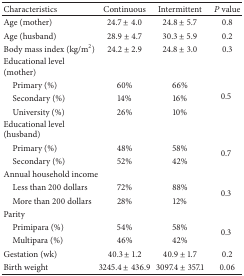
| Characteristics | Continuous | Intermittent | P value |
 | --- | --- | --- | --- |
 | Age (mother) | 24.7 ± 4.0 | 24.8 ± 5.7 | 0.8 |
 | Age (husband) | 28.9 ± 4.7 | 30.3 ± 5.9 | 0.2 |
 | Body mass index (kg/m2) | 24.2 ± 2.9 | 24.8 ± 3.0 | 0.3 |
 | Educational level (mother) |  |  |  |
 | Primary (%) | 60% | 66% | <ROWSPAN=3> 0.5 |
 | Secondary (%) | 14% | 16% |
 | University (%) | 26% | 10% |
 | Educational level (husband) |  |  |  |
 | Primary (%) | 48% | 58% | <ROWSPAN=2> 0.7 |
 | Secondary (%) | 52% | 42% |
 | Annual household income |  |  |  |
 | Less than 200 dollars | 72% | 88% | <ROWSPAN=2> 0.3 |
 | More than 200 dollars | 28% | 12% |
 | Parity |  |  |  |
 | Primipara (%) | 54% | 58% | <ROWSPAN=2> 0.3 |
 | Multipara (%) | 46% | 42% |
 | Gestation (wk) | 40.3 ± 1.2 | 40.9 ± 1.7 | 0.2 |
 | Birth weight | 3245.4 ± 436.9 | 3097.4 ± 357.1 | 0.06 |